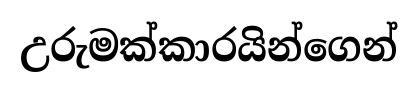
උරුමක්කාරයින්ගෙන්